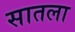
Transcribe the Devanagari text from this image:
सातला